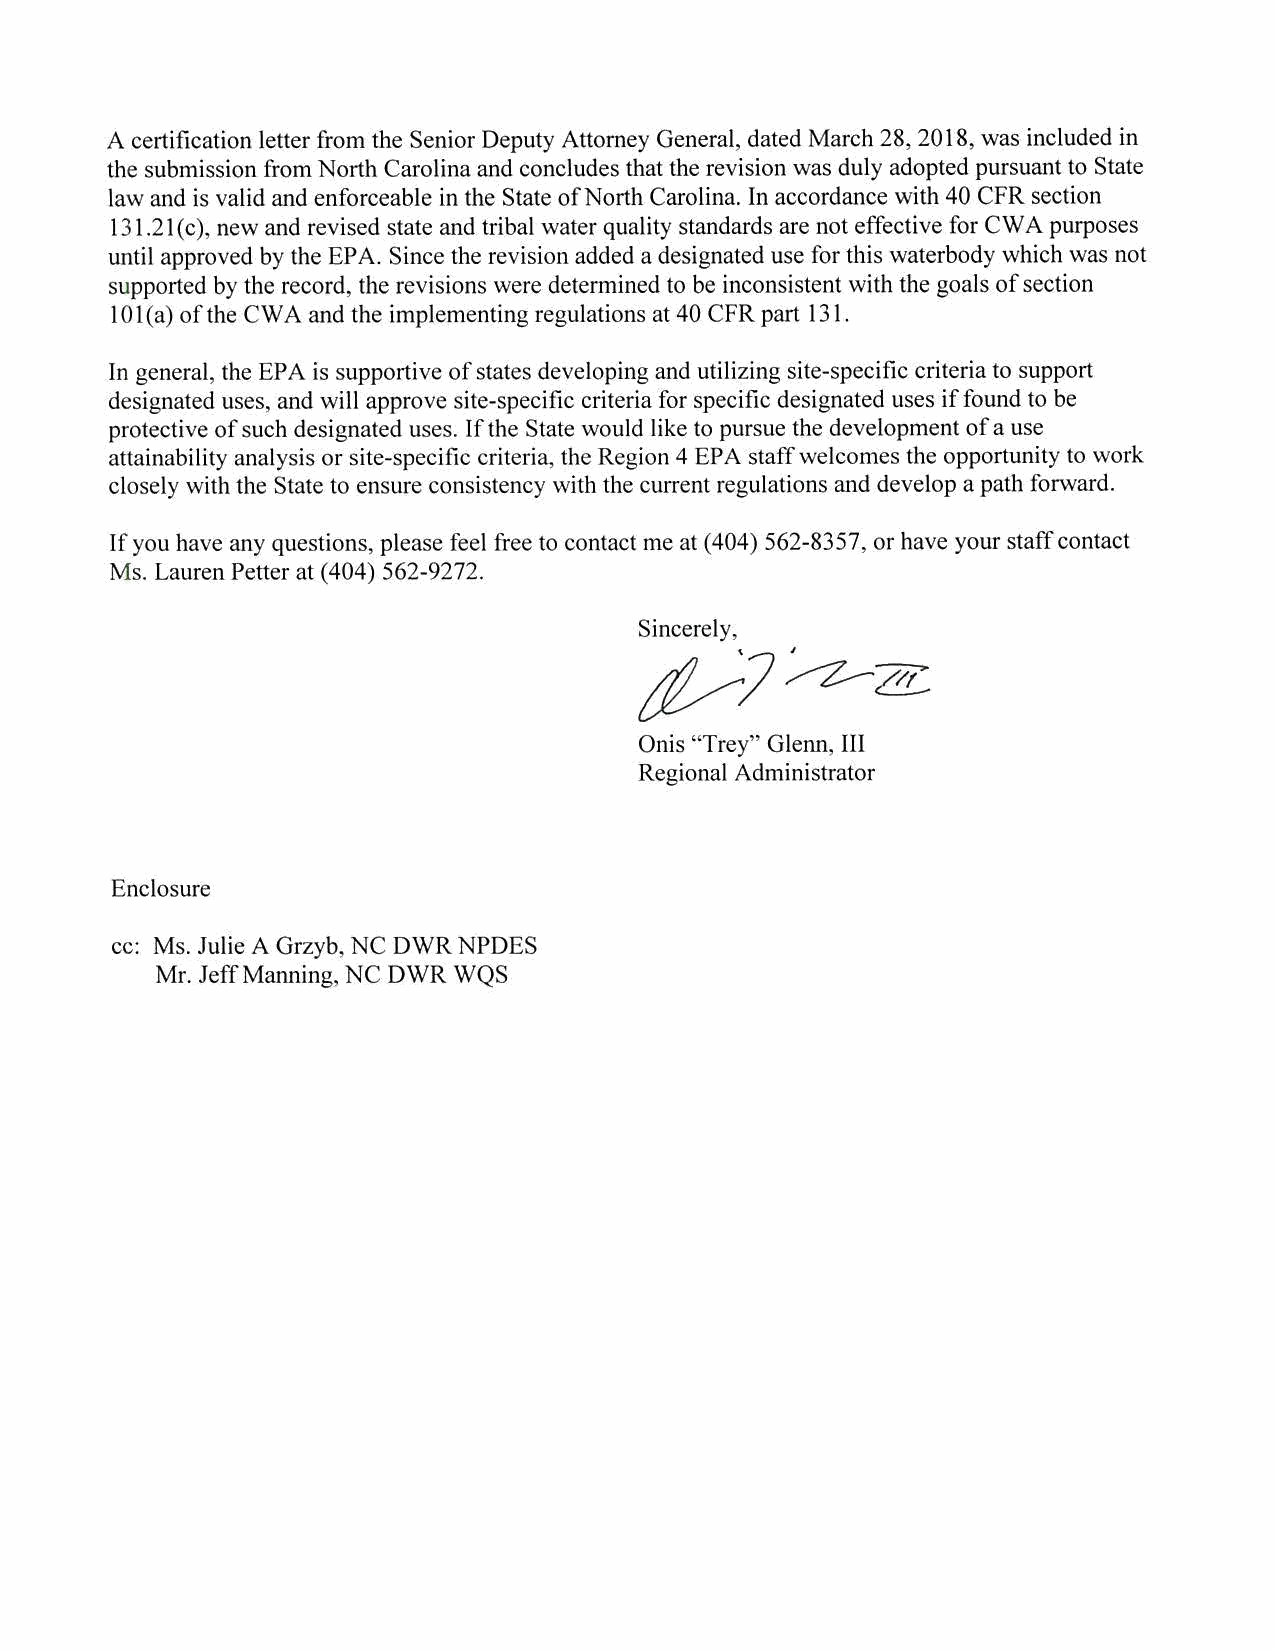
A certification letter from the Senior Deputy Attorney General, dated March 28, 2018, was included in
 the submission from North Carolina and concludes that the revision was duly adopted pursuant to State
 law and is valid and enforceable in the State of North Carolina. In accordance with 40 CFR section
 131.21( c ), new and revised state and tribal water quality standards are not effective for CWA purposes
 until approved by the EPA. Since the revision added a designated use for this waterbody which was not
 supported by the record, the revisions were determined to be inconsistent with the goals of section
 l 0l(a) of the CWA and the implementing regulations at 40 CFR part 131.
 In general, the EPA is supportive of states developing and utilizing site-specific criteria to support
 designated uses, and will approve site-specific criteria for specific designated uses if found to be
 protective of such designated uses. If the State would like to pursue the development of a use
 attainability analysis or site-specific criteria, the Region 4 EPA staff welcomes the opportunity to work
 closely with the State to ensure consistency with the current regulations and develop a path forward.
 If you have any questions, please feel free to contact me at (4 04) 562-83 5 7, or have your staff contact
 Ms. Lauren Petter at (404) 562-9272.
 Sincerely,
 ~l~~
 Onis "Trey" Glenn, Ill
 Regional Administrator
 Enclosure
 cc: Ms. Julie A Grzyb, NC DWR NPDES
 Mr. Jeff Manning, NC DWR WQS